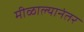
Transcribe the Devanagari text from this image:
मीळाल्यानंतर